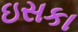
ઇસકા